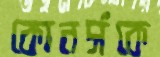
কোনর্সকে